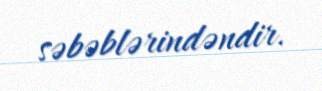
səbəblərindəndir.